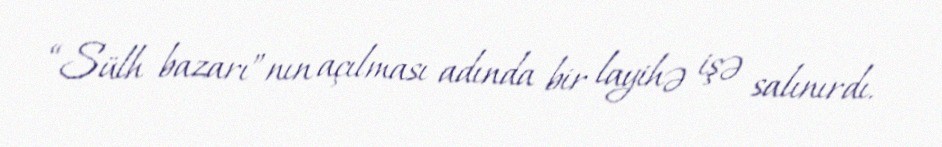
“Sülh bazarı”nın açılması adında bir layihə işə salınırdı.